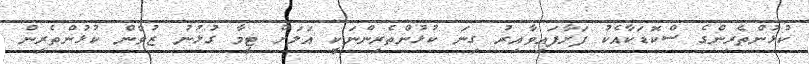
ކުޅުންތެރިންގެ ސްކޮޑަކާއެކު ފަށާފައިވާއިރު ގިނަ ކުޅުންތެރިންނަކީ އަލަށް ޓީމާ ގުޅުނު ޒުވާން ކުޅުންތެރިން